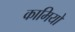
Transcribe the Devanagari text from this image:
कामियों